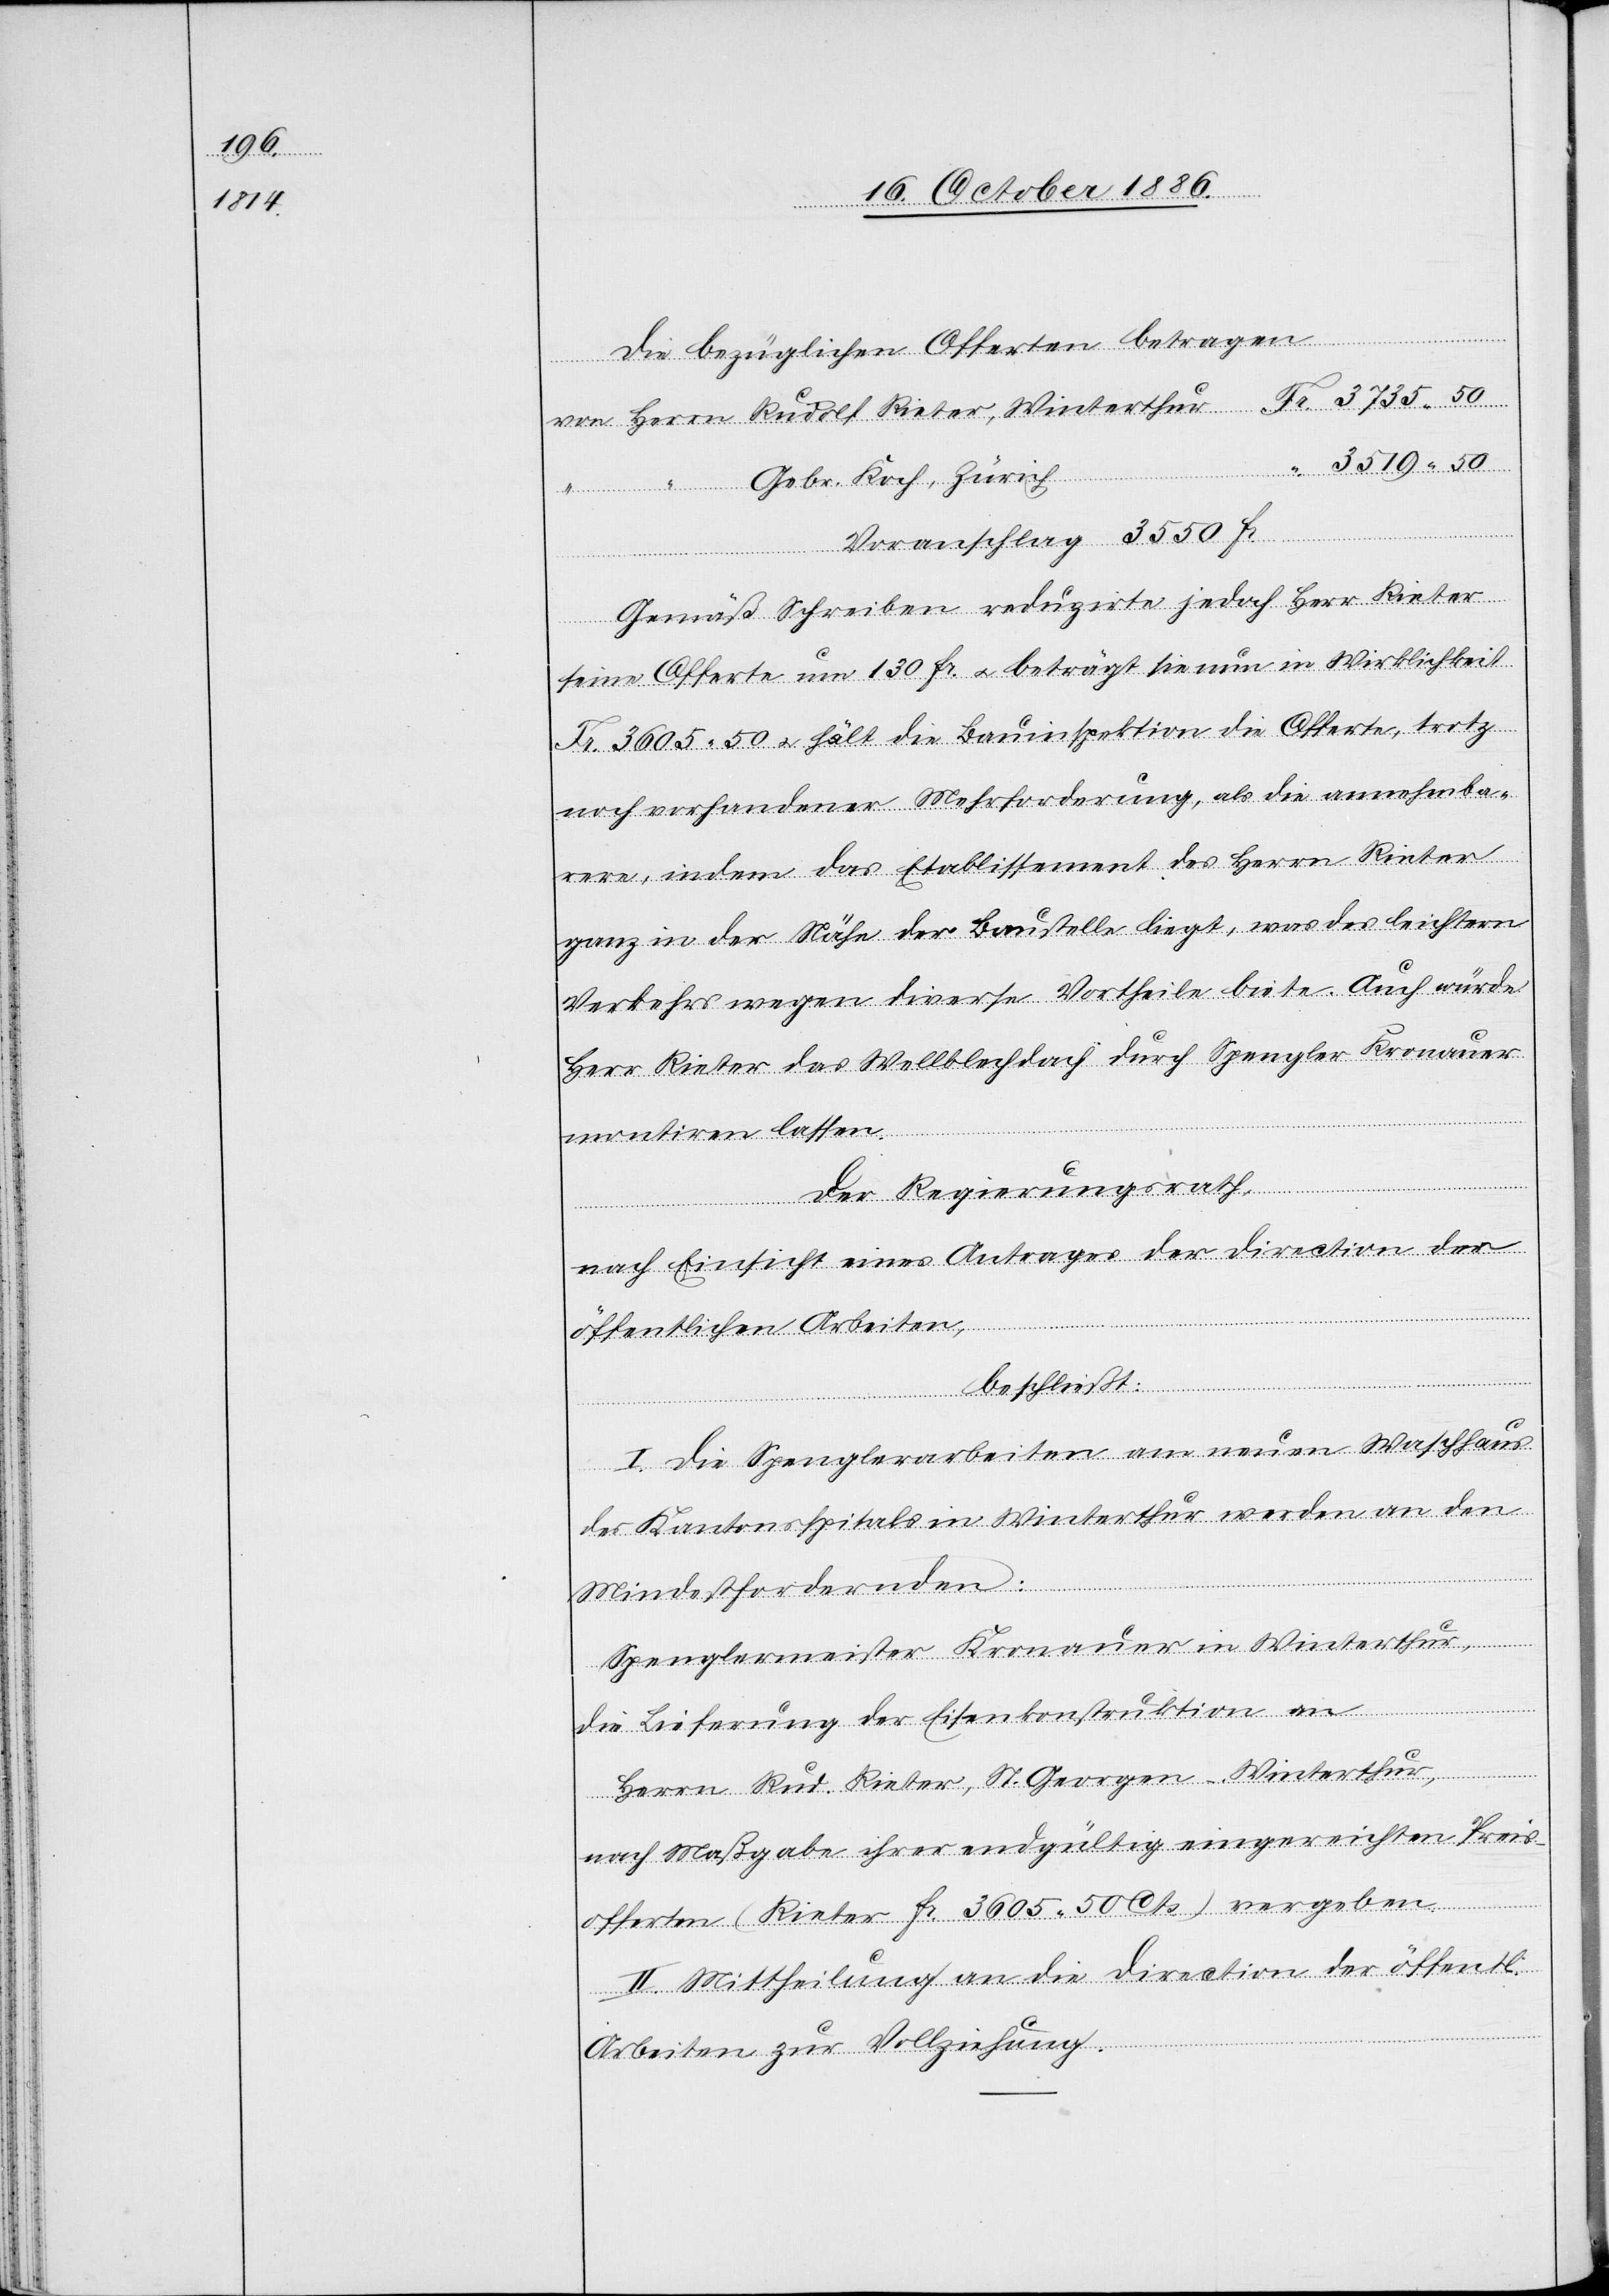
Die bezüglichen Offerten betragen
Fr.
3735 50
Gebr. Koch, Zürich
Voranschlag 3550 Fr.
Gemäß Schreiben reduzirte jedoch Herr Rieter
seine Offerte um 130 Fr. & beträgt sie nun in Wirklichkeit
Fr. 3605 50 & hält die Bauinspektion die Offerte, trotz
noch vorhandener Mehrforderung, als die annehmba¬
rere, indem das Etablissement des Herrn Rieter
ganz in der Nähe der Baustelle liegt, was des leichtern
Verkehrs wegen diverse Vortheile biete. Auch würde
Herr Rieter das Wellblechdach durch Spengler Kronauer
montiren lassen.
Der Regierungsrath,
nach Einsicht eines Antrages der Direction der
öffentlichen Arbeiten,
beschließt:
I. Die Spenglerarbeiten am neuen Waschhaus
des Kantonsspitals in Winterthur werden an den
Mindestfordernden:
Spenglermeister Kronauer in Winterthur,
die Lieferung der Eisenkonstruktion an
Rudolf
Herrn Rud. Rieter, St. Georgen - Winterthur,
nach Maßgabe ihrer endgültig eingereichten Preis¬
offerten (Rieter Fr. 3605 50 Cts.) vergeben.
II. Mittheilung an die Direction der öffentl.
Arbeiten zur Vollziehung.